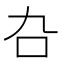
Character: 叴